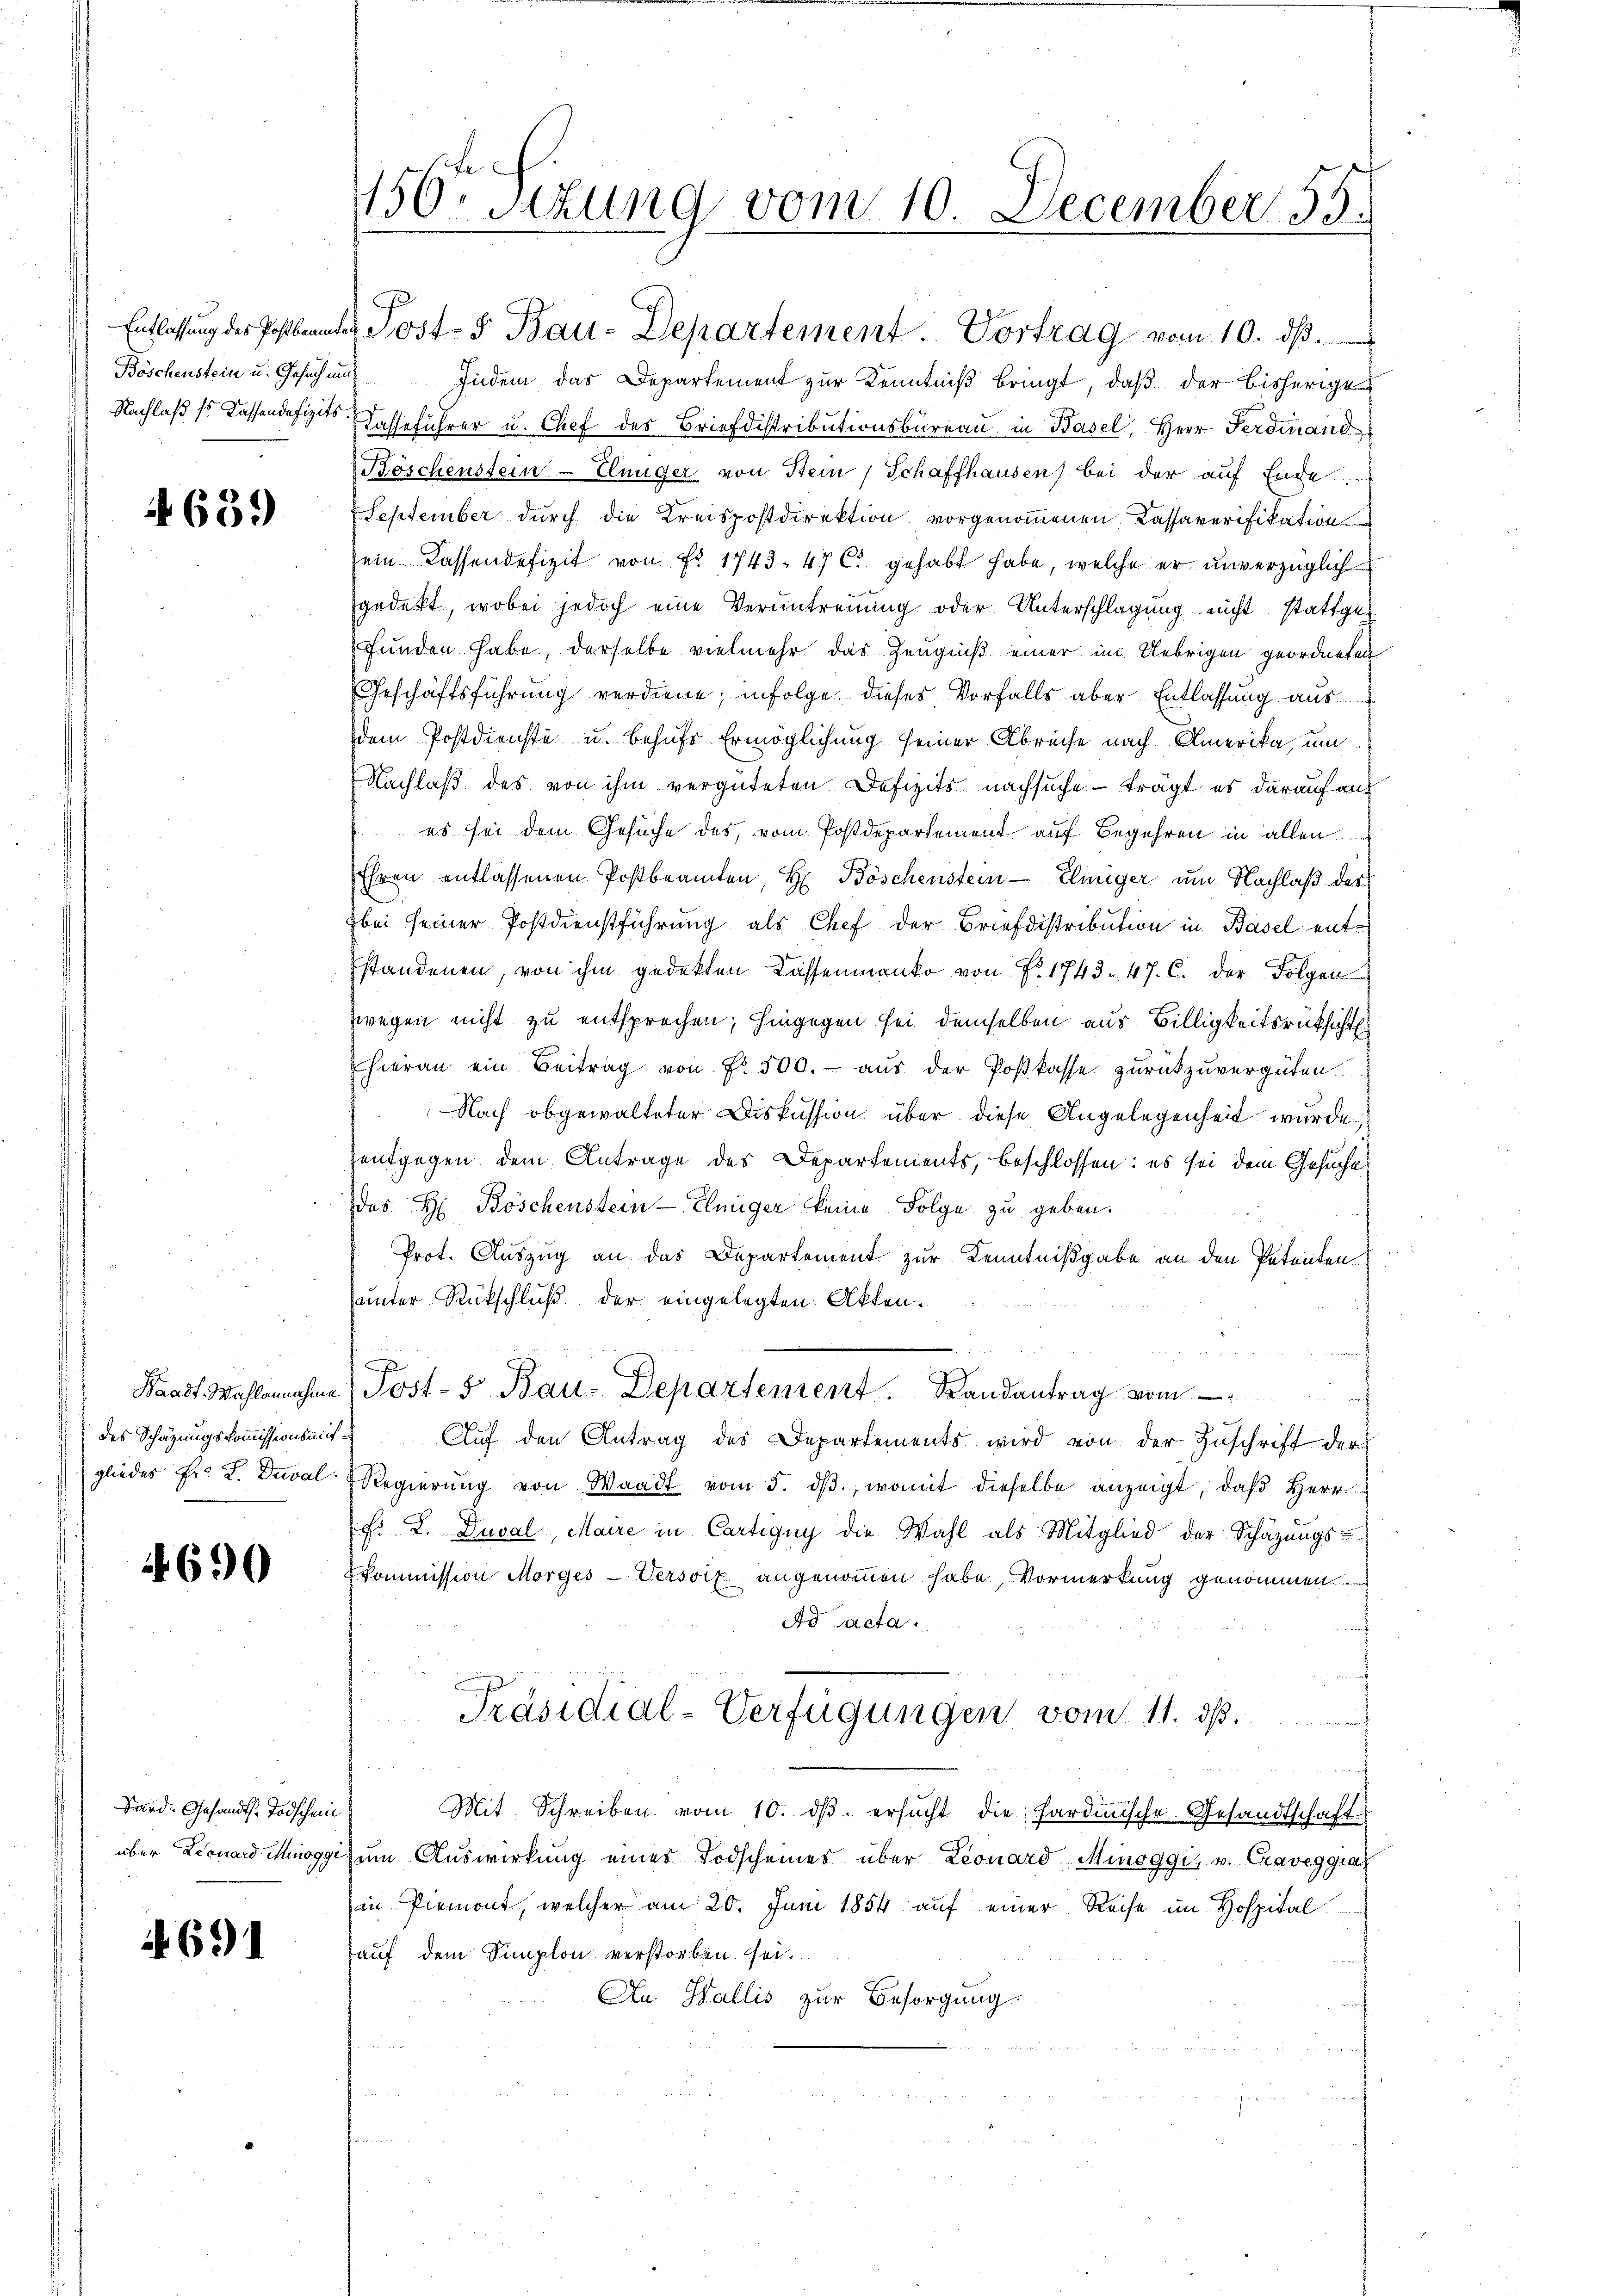
4639

Waadt Wahlannahme
des Schätzungskommissionsmit
gliedes Fr. L. Diwal

4690

Vard. Gesandt-Todschen
über Leonard ethnogge

A 691

156r Situng vom 10. December 55.

Böschenstein u. Gesuch und Indem das Departement zur Kenntniß bringt, daβ der bisherige
Nachlaß so Kassendefizits Fasseführer u. Chef des Briefdistributionsbüreaŭ in Basel, Herr Ferdinand
Böschenstein-Elunger von Stein / Schaffhausen) bei der auf Ende
September durch die Kreispostdirektion vorgenommenen Cassaverifikation
sein Cassendefizit von Fr. 1743. 47 C. gehabt habe, welche er unverzüglich
gedekt, wobei jedoch eine Veruntreuung oder Unterschlagung nicht stattgefunden habe, derselbe vielmehr das Zeugniß einer im Uebrigen geordneten
Geschäftsführung verdiene; infolge dieses Vorfalls aber Entlassung aus
dem Postdienste u. behufs Ermöglichung seiner Abreise nach Amerika, um
Nachlaß des von ihm vergüteten Defizits nachsuche - trägt es darauf auf
es sei dem Gesuche des vom Postdepartement auf Begehren in allen
Ehren entlassenen Postbeamten, H. Böschenstein - Elmiger um Nachlaß des
bei seiner Postdienstführung als Chef der Briefdistribution in Basel entstandenen, von ihm gedekten Kassenmanko von No 1743. 47. C. der Folgen
zwegen nicht zu entsprechen; hingegen sei demselben aus Billigkeitsrücksicht
hieran ein Beitrag von Fr. 500.- aŭs der Postkasse zurückzŭvergüten.
Nach abgewalteter Diskussion über diese Angelegenheit wurde,
entgegen dem Antrage des Departements, beschlossen: es sei dem Gesuche
des H. Böschenstein - Elmiger keine Folge zu geben.
Prot. Auszug an das Departement zur Kenntnißgabe an den Petenten
sämter Rückschluß der eingelegten Akten.
Post- 5. Bau-Departement. Landantrag vom
s
Aŭf den Antrag des Departements wird von der Zuschrift der
Regierŭng von Waadt vom 5. dβ, womit dieselbe anzeigt, daß Herr
F. L. Duval, Maire in Cartigny die Wahl als Mitglied der Schätzungs-
Ekommission Morges Versoix angenommen habe, Vormerkung genommen
Ad acta.
Präsidial-Verfügungen vom 11. ds.
Mit Schreiben vom 10. dβ. ersŭcht die hardinische Gesandtschaft
zum Auswirkung eines Todscheines über Leonard Minoggis v. Craveggia
in Piemont, welcher am 20. Juni 1854 auf einer Reise im Hospital
auf dem Simplon verstorben. Hei¬
Au. Wallis zur Besorgung.
u

Entlassung des Postbeamte Post- & Bau-Departement. Vortrag vom 10. dβ.